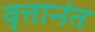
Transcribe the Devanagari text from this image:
वृत्तानंत